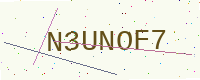
Text: N3UNOF7